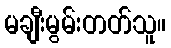
မချီးမွမ်းတတ်သူ။